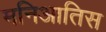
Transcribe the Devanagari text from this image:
मनिआतिस